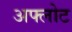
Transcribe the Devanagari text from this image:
अफ्लोट